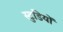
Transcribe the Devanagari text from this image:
स्टुडियों